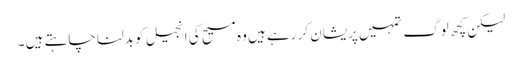
لیکن کچھ لوگ تمہیں پریشان کر رہے ہیں وہ مسیح کی انجیل کو بدلنا چاہتے ہیں ۔